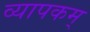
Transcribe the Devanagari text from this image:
व्यापकम्